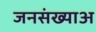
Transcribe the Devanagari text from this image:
जनसंख्याअ